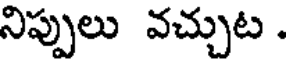
నిప్పులు వచ్చుట .